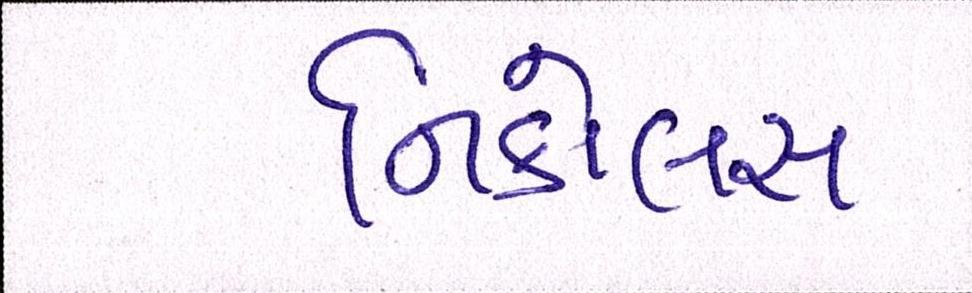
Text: નિકોલસ